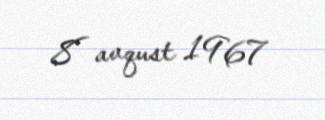
8 avqust 1967